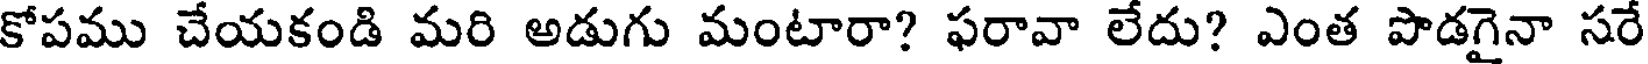
కోపము చేయకండి మరి అడుగు మంటారా? ఫరావా లేదు? ఎంత పొడగైనా సరే